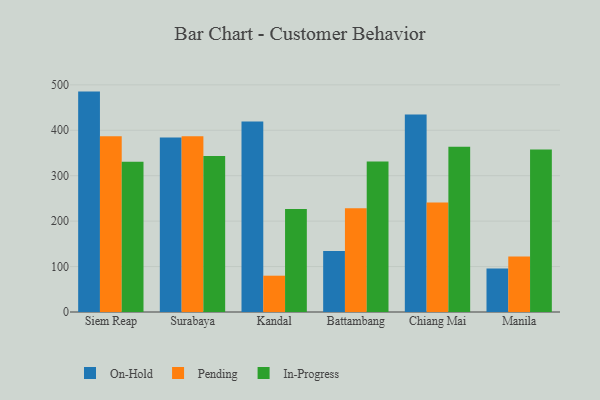
{"axis": {"x": "City", "y": "Shipments"}, "legend": ["In-Progress", "On-Hold", "Pending"], "data": [{"x": "Siem Reap", "y": 485.1, "type": "On-Hold"}, {"x": "Siem Reap", "y": 386.9, "type": "Pending"}, {"x": "Siem Reap", "y": 330.6, "type": "In-Progress"}, {"x": "Surabaya", "y": 383.8, "type": "On-Hold"}, {"x": "Surabaya", "y": 387.0, "type": "Pending"}, {"x": "Surabaya", "y": 343.5, "type": "In-Progress"}, {"x": "Kandal", "y": 419.3, "type": "On-Hold"}, {"x": "Kandal", "y": 79.9, "type": "Pending"}, {"x": "Kandal", "y": 226.8, "type": "In-Progress"}, {"x": "Battambang", "y": 134.4, "type": "On-Hold"}, {"x": "Battambang", "y": 228.2, "type": "Pending"}, {"x": "Battambang", "y": 331.0, "type": "In-Progress"}, {"x": "Chiang Mai", "y": 434.7, "type": "On-Hold"}, {"x": "Chiang Mai", "y": 241.2, "type": "Pending"}, {"x": "Chiang Mai", "y": 363.9, "type": "In-Progress"}, {"x": "Manila", "y": 96.0, "type": "On-Hold"}, {"x": "Manila", "y": 122.0, "type": "Pending"}, {"x": "Manila", "y": 357.7, "type": "In-Progress"}]}